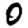
Digit: 0